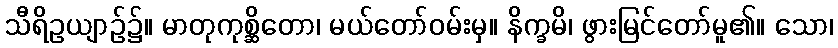
သီရိဥယျာဉ်၌။ မာတုကုစ္ဆိတော၊ မယ်တော်ဝမ်းမှ။ နိက္ခမိ၊ ဖွားမြင်တော်မူ၏။ သော၊